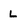
Character: L